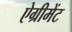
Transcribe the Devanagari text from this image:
ऐग्रीमेंट